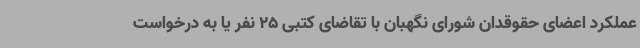
عملکرد اعضای حقوقدان شورای نگهبان با تقاضای کتبی 25 نفر یا به درخواست